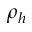
\rho _ { h }